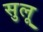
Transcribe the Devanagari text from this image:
सुलू